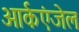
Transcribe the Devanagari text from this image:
आर्कएंजेल